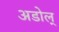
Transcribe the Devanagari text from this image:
अडोल्